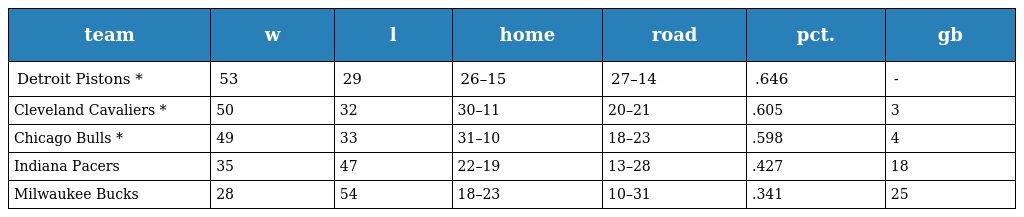
| team | w | l | home | road | pct. | gb |
 | --- | --- | --- | --- | --- | --- | --- |
 | Detroit Pistons * | 53 | 29 | 26–15 | 27–14 | .646 | - |
 | Cleveland Cavaliers * | 50 | 32 | 30–11 | 20–21 | .605 | 3 |
 | Chicago Bulls * | 49 | 33 | 31–10 | 18–23 | .598 | 4 |
 | Indiana Pacers | 35 | 47 | 22–19 | 13–28 | .427 | 18 |
 | Milwaukee Bucks | 28 | 54 | 18–23 | 10–31 | .341 | 25 |